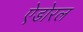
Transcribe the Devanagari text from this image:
ऐडोरल